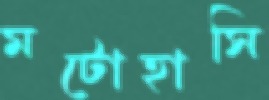
মটোহাসি